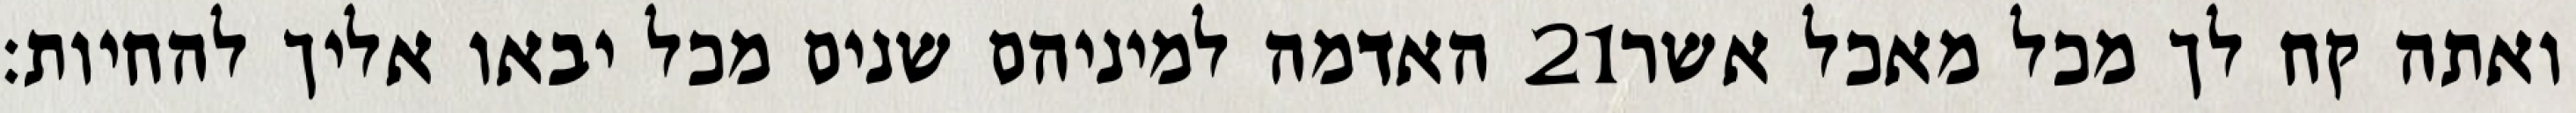
האדמה למיניהם שנים מכל יבאו אליך להחיות׃ ‎21‏ ואתה קח לך מכל מאכל אשר